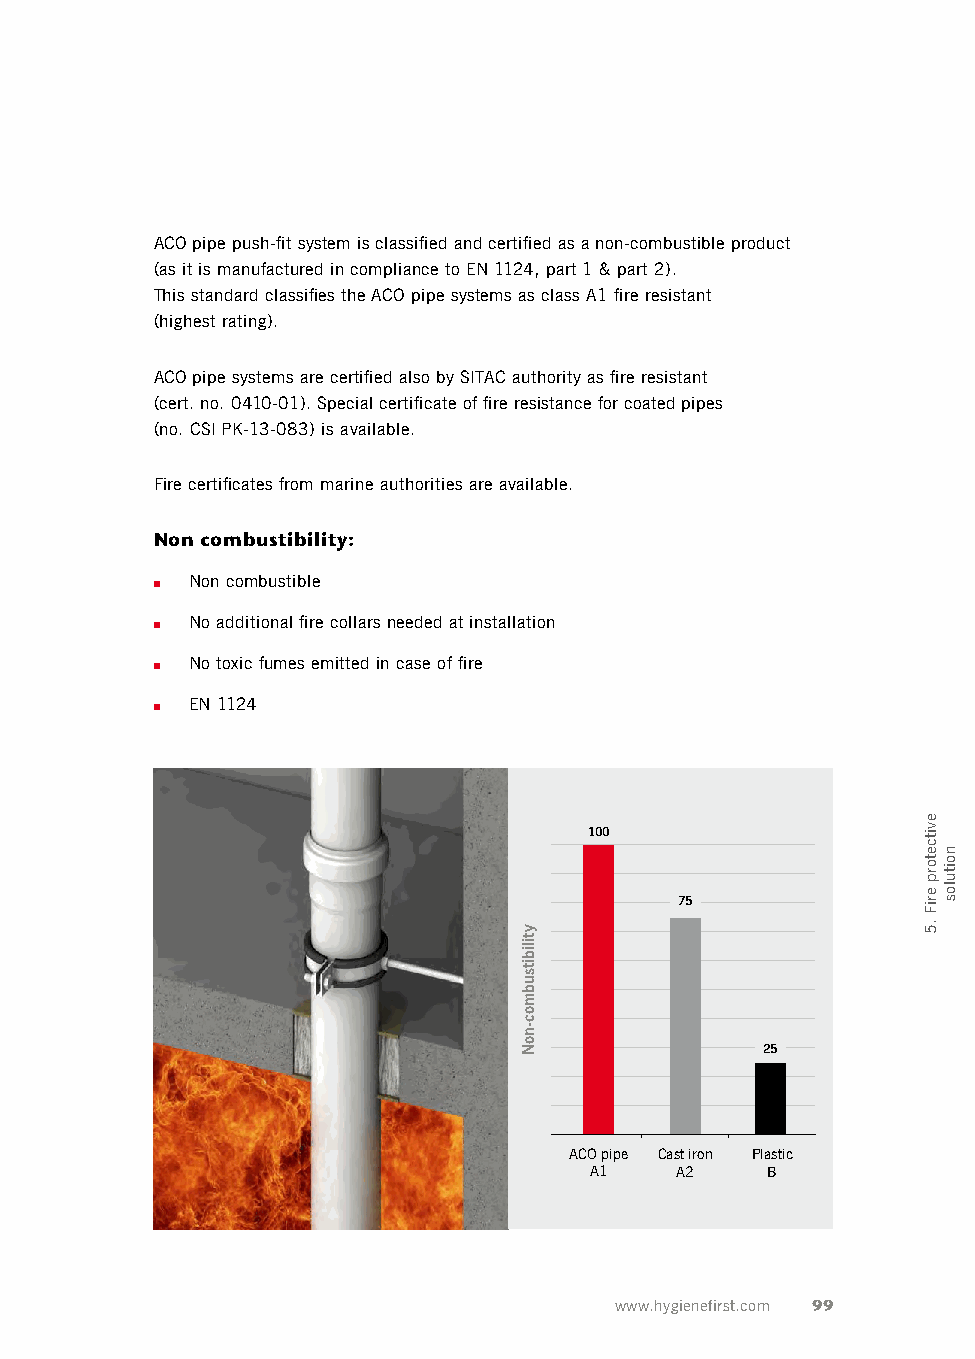
ACO pipe push-fit system is classified and certified as a non-combustible product
 (as it is manufactured in compliance to EN 1124, part 1 & part 2).
 This standard classifies the ACO pipe systems as class A1 fire resistant
 (highest rating).
 ACO pipe systems are certified also by SITAC authority as fire resistant
 (cert. no. 0410-01). Special certificate of fire resistance for coated pipes
 (no. CSI PK-13-083) is available.
 Fire certificates from marine authorities are available.
 Non combustibility:
 ■  Non combustible
 ■  No additional fire collars needed at installation
 ■  No toxic fumes emitted in case of fire
 ■  EN 1124
 100
 75
 25
 ACO pipe Cast iron Plastic
 A1    A2    B
 www.hygienefirst.com 99
 ytilibitsubmoc-noN
 evitcetorp
 eriF
 .5
 noitulos